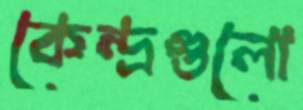
কেন্দ্রগুলো